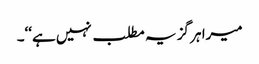
میرا ہر گز یہ مطلب نہیں ہے‘‘۔